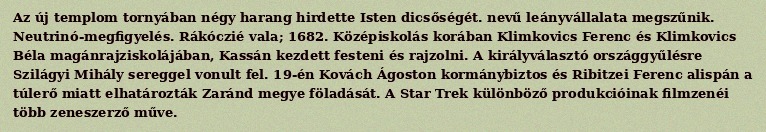
Az új templom tornyában négy harang hirdette Isten dicsőségét. nevű leányvállalata megszűnik. Neutrinó-megfigyelés. Rákóczié vala; 1682. Középiskolás korában Klimkovics Ferenc és Klimkovics Béla magánrajziskolájában, Kassán kezdett festeni és rajzolni. A királyválasztó országgyűlésre Szilágyi Mihály sereggel vonult fel. 19-én Kovách Ágoston kormánybiztos és Ribitzei Ferenc alispán a túlerő miatt elhatározták Zaránd megye föladását. A Star Trek különböző produkcióinak filmzenéi több zeneszerző műve.